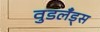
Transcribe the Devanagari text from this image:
वुडलँड्स